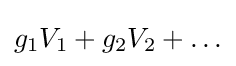
g_{1}V_{1}+g_{2}V_{2}+\ldots